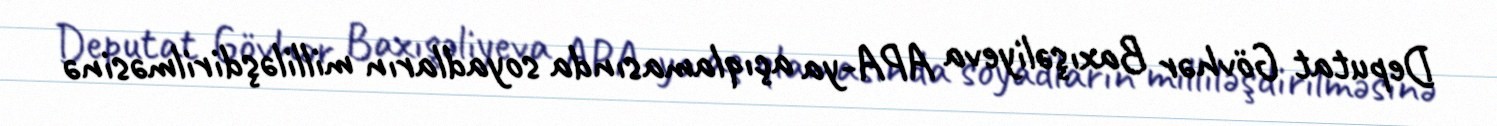
Deputat Gövhər Baxışəliyeva APA-ya açıqlamasında soyadların milliləşdirilməsinə